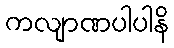
ကလျာဏပါပါနိ